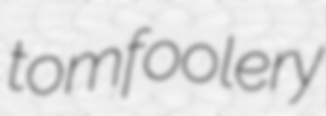
tomfoolery